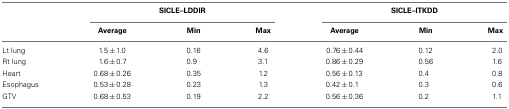
|  | <COLSPAN=3> SICLE–LDDIR | <COLSPAN=3> SICLE–ITKDD |
 |  | Average | Min | Max | Average | Min | Max |
 | --- | --- | --- | --- | --- | --- | --- |
 | Lt lung | 1.5 ± 1.0 | 0.16 | 4.6 | 0.76 ± 0.44 | 0.12 | 2.0 |
 | Rt lung | 1.6 ± 0.7 | 0.9 | 3.1 | 0.86 ± 0.29 | 0.56 | 1.6 |
 | Heart | 0.68 ± 0.26 | 0.35 | 1.2 | 0.56 ± 0.13 | 0.4 | 0.8 |
 | Esophagus | 0.53 ± 0.28 | 0.23 | 1.3 | 0.42 ± 0.1 | 0.3 | 0.6 |
 | GTV | 0.68 ± 0.53 | 0.19 | 2.2 | 0.56 ± 0.36 | 0.2 | 1.1 |